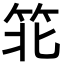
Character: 𬔶